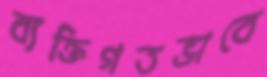
ব্যক্তিগতভাবে